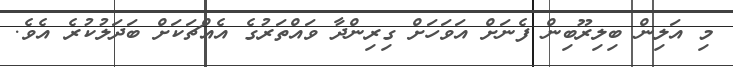
މި އަލިން ބިލިރޫބިން ފެނަށް އަވަހަށް ގިރިންދާ ވައްތަރުގެ އެއްޗަކަށް ބަދަލުކުރެ އެވެ.